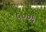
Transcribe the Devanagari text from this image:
५००६